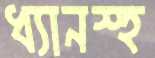
ধ্যানস্হ